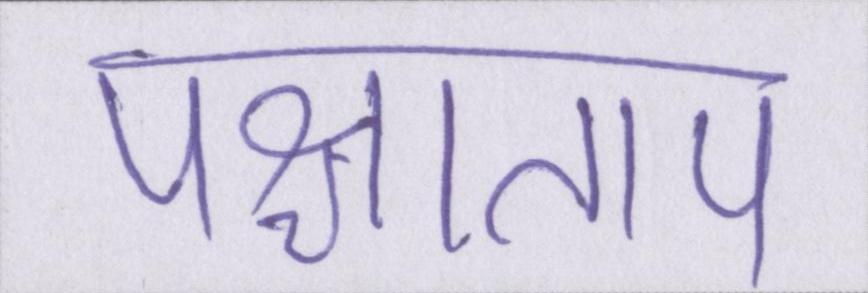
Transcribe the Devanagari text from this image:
पश्चाताप